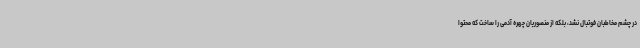
در چشم مخاطبان فوتبال نشد، بلکه از منصوریان چهره آدمی را ساخت که محتوا